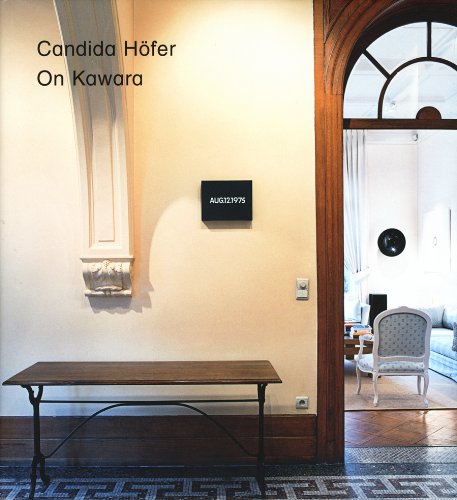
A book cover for Candida Hofer: On Kawara, Date Paintings in Private Collections; Health, Fitness & Dieting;